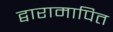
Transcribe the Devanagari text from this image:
द्वारामापित